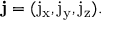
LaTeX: \mathbf { j } = ( \mathrm { j _ { x } } , \mathrm { j _ { y } } , \mathrm { j _ { z } } ) .